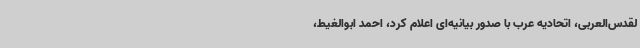
لقدس‌العربی، اتحادیه عرب با صدور بیانیه‌ای اعلام کرد، احمد ابوالغیط،